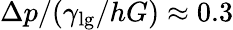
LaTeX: \Delta p/(\gamma_{\textrm{lg}}/hG)\approx 0.3